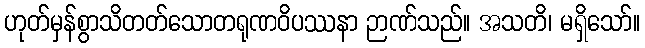
ဟုတ်မှန်စွာသိတတ်သောတရုဏဝိပဿနာ ဉာဏ်သည်။ အသတိ၊ မရှိသော်။